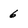
Character: 6